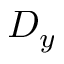
D _ { y }